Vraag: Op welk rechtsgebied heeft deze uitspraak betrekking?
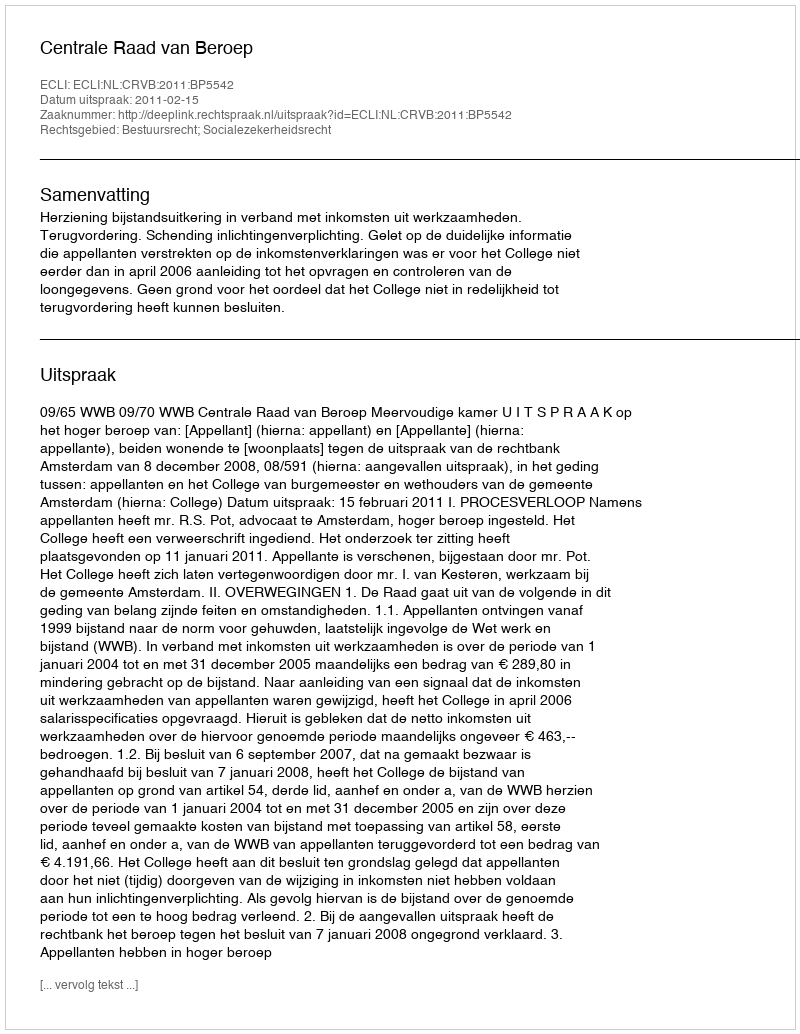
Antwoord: Bestuursrecht; Socialezekerheidsrecht